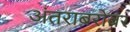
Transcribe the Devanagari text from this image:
अंतराबरोबर